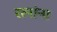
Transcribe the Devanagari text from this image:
रत्नांना